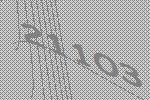
21103